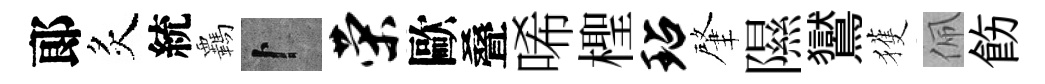
郞炙統覊卜荣歐叠唏檉玷肇隰鸑獲佩飭